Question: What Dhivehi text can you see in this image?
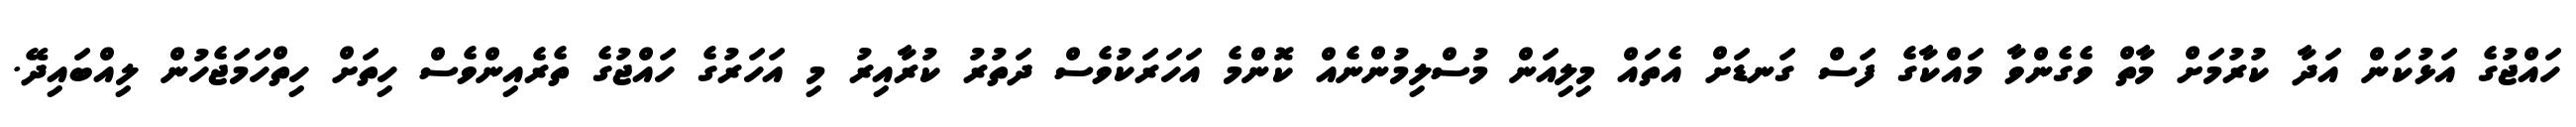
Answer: ހައްޖުގެ އަޅުކަން އަދާ ކުރުމަށް މާތް ވެގެންވާ މައްކާގެ ފަސް ގަނޑަށް އެތައް މިލިއަން މުސްލިމުންނެއް ކޮންމެ އަހަރަކުވެސް ދަތުރު ކުރާއިރު މި އަހަރުގެ ހައްޖުގެ ތެރެއިންވެސް ހިތަށް ހިތްހަމަޖެހުން ލިއްބައިދޭ.